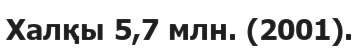
Халқы 5,7 млн. (2001).